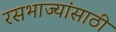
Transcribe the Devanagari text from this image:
रसभाज्यांसाठी